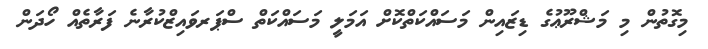
މިގޮތުން މި މަޝްރޫޢުގެ ޑިޒައިން މަސައްކަތްކޮށް އަމަލީ މަސައްކަތް ސްޕަރވައިޒްކުރާނެ ފަރާތެއް ހޯދަން